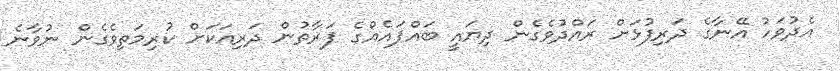
އެދުވަހު އޭނާގެ ދަރިފުޅަށް ރައްދުވެގެން ދިޔައީ ބައްޕައެއްގެ ފަރާތުން ދަރިއަކަށް ކުރިމަތިވެގެން ނުވާނެ